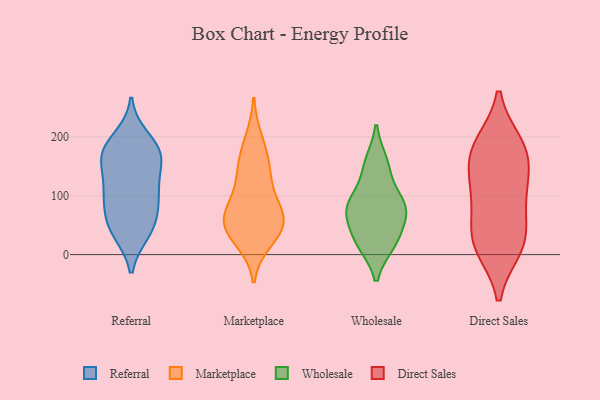
{"axis": {"x": "Revenue (USD Million)", "y": "Value"}, "legend": ["Direct Sales", "Marketplace", "Referral", "Wholesale"], "data": [{"x": "", "y": 64, "type": "Referral"}, {"x": "", "y": 197, "type": "Referral"}, {"x": "", "y": 102, "type": "Referral"}, {"x": "", "y": 166, "type": "Referral"}, {"x": "", "y": 95, "type": "Referral"}, {"x": "", "y": 47, "type": "Referral"}, {"x": "", "y": 178, "type": "Referral"}, {"x": "", "y": 162, "type": "Referral"}, {"x": "", "y": 170, "type": "Referral"}, {"x": "", "y": 109, "type": "Referral"}, {"x": "", "y": 167, "type": "Referral"}, {"x": "", "y": 39, "type": "Referral"}, {"x": "", "y": 113, "type": "Referral"}, {"x": "", "y": 43, "type": "Referral"}, {"x": "", "y": 195, "type": "Marketplace"}, {"x": "", "y": 41, "type": "Marketplace"}, {"x": "", "y": 39, "type": "Marketplace"}, {"x": "", "y": 24, "type": "Marketplace"}, {"x": "", "y": 136, "type": "Marketplace"}, {"x": "", "y": 67, "type": "Marketplace"}, {"x": "", "y": 57, "type": "Marketplace"}, {"x": "", "y": 165, "type": "Marketplace"}, {"x": "", "y": 95, "type": "Marketplace"}, {"x": "", "y": 62, "type": "Marketplace"}, {"x": "", "y": 138, "type": "Marketplace"}, {"x": "", "y": 66, "type": "Marketplace"}, {"x": "", "y": 90, "type": "Wholesale"}, {"x": "", "y": 69, "type": "Wholesale"}, {"x": "", "y": 156, "type": "Wholesale"}, {"x": "", "y": 77, "type": "Wholesale"}, {"x": "", "y": 19, "type": "Wholesale"}, {"x": "", "y": 87, "type": "Wholesale"}, {"x": "", "y": 24, "type": "Wholesale"}, {"x": "", "y": 75, "type": "Wholesale"}, {"x": "", "y": 24, "type": "Wholesale"}, {"x": "", "y": 146, "type": "Wholesale"}, {"x": "", "y": 159, "type": "Direct Sales"}, {"x": "", "y": 186, "type": "Direct Sales"}, {"x": "", "y": 18, "type": "Direct Sales"}, {"x": "", "y": 89, "type": "Direct Sales"}, {"x": "", "y": 22, "type": "Direct Sales"}, {"x": "", "y": 109, "type": "Direct Sales"}, {"x": "", "y": 38, "type": "Direct Sales"}, {"x": "", "y": 13, "type": "Direct Sales"}, {"x": "", "y": 179, "type": "Direct Sales"}, {"x": "", "y": 117, "type": "Direct Sales"}, {"x": "", "y": 178, "type": "Direct Sales"}]}